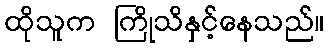
ထိုသူက ကြိုသိနှင့်နေသည်။